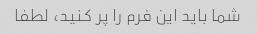
شما باید این فرم را پر کنید، لطفا